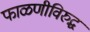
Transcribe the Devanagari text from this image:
फाळणीविरुद्ध